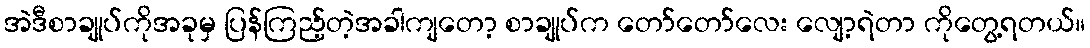
အဲဒီစာချုပ်ကိုအခုမှ ပြန်ကြည့်တဲ့အခါကျတော့ စာချုပ်က တော်တော်လေး လျော့ရဲတာ ကိုတွေ့ရတယ်။